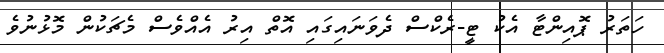
ހަތަރު ޕޮއިންޓާ އެކު ޓީ-ރެކްސް ދެވަނައިގައި އޮތް އިރު އެއްވެސް މެޗަކުން މޮޅުނުވެ